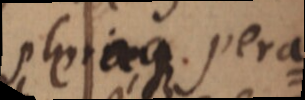
pleraque. pera